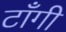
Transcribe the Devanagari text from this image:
टाँगी